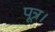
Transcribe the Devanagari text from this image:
पूत्र।